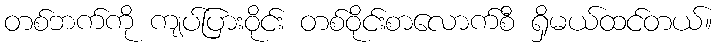
တစ်ဘက်ကို ကျပ်ပြားဝိုင်း တစ်ဝိုင်းစာလောက်စီ ရှိမယ်ထင်တယ်။